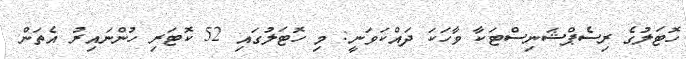
ހޮޓަލުގެ ރިސެޕްޝަނިސްޓަކާ ވާހަކަ ދައްކަވަނީ: މި ހޮޓަލުގައި 52 ކޮޓަރި ހުންނައިރު އެތަން